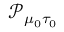
\mathcal { P } _ { \mu _ { 0 } \tau _ { 0 } }